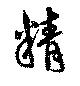
精